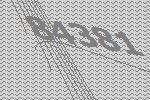
84381